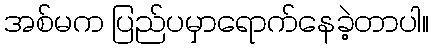
အစ်မက ပြည်ပမှာရောက်နေခဲ့တာပါ။